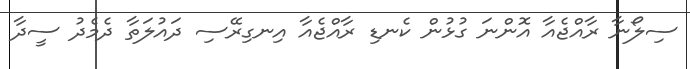
ސިލޯނާ ރާއްޖެއާ އޮންނަ ގުޅުން ކެނޑި ރާއްޖެއާ އިނގިރޭސި ދައުލަތާ ދެމެދު ސީދާ